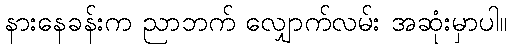
နားနေခန်းက ညာဘက် လျှောက်လမ်း အဆုံးမှာပါ။